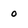
Character: 0